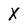
Character: X